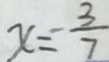
x = \frac { 3 } { 7 }